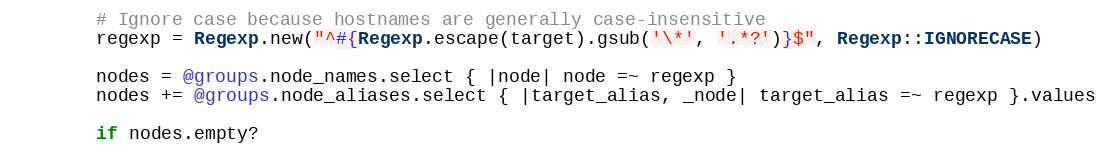
Language: Ruby
        # Ignore case because hostnames are generally case-insensitive
        regexp = Regexp.new("^#{Regexp.escape(target).gsub('\*', '.*?')}$", Regexp::IGNORECASE)

        nodes = @groups.node_names.select { |node| node =~ regexp }
        nodes += @groups.node_aliases.select { |target_alias, _node| target_alias =~ regexp }.values

        if nodes.empty?